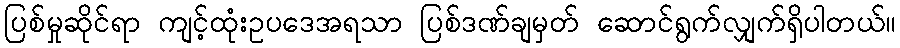
ပြစ်မှုဆိုင်ရာ ကျင့်ထုံးဥပဒေအရသာ ပြစ်ဒဏ်ချမှတ် ဆောင်ရွက်လျှက်ရှိပါတယ်။